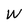
Character: W